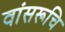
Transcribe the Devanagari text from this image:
वांसरूचि